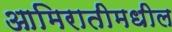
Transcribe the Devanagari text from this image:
आमिरातीमधील